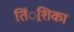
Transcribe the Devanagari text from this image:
तिं्रशिका